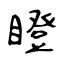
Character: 瞪